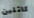
كاثلين